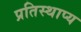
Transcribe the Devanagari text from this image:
प्रतिस्थाप्य